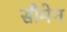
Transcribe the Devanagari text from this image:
सौमेन